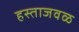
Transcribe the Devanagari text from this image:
हस्ताजवळ